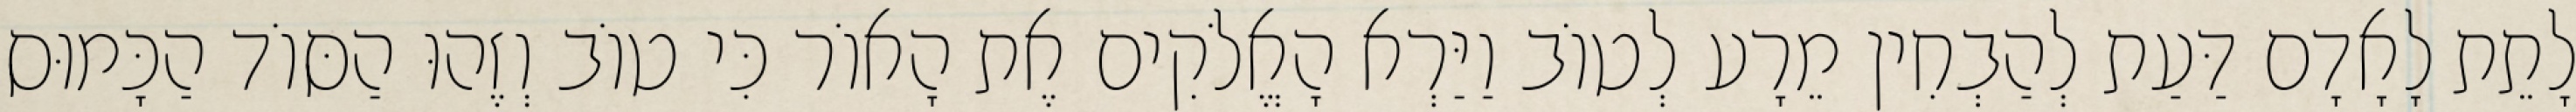
לָתֵת לָאָדָם דַּעַת לְהַבְחִין מֵרָע לְטוֹב וַיַּרְא הָאֱלֹקִים אֶת הָאוֹר כִּי טוֹב וְזֶהוּ הַסּוֹד הַכָּמוּס